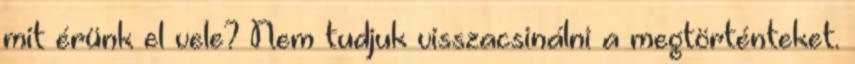
mit érünk el vele? Nem tudjuk visszacsinálni a megtörténteket.